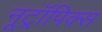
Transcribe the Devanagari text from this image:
नूट्रॉपिक्स